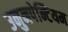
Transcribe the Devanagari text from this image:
उनुनपेन्टियम